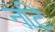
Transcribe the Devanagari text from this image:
नटि